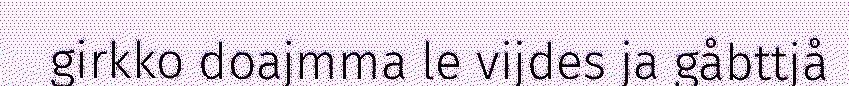
girkko doajmma le vijdes ja gåbttjå